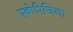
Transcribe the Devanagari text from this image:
एबोरिजिना